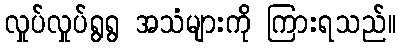
လှုပ်လှုပ်ရွရွ အသံများကို ကြားရသည်။